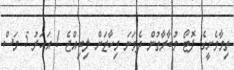
ތިމާވެށީގެ ފޮޓޯ މުބާރާތުން ދެވަނަ މިހާޒަށް ލިބިއްޖެ 1 އަހަރު 5 މަސް